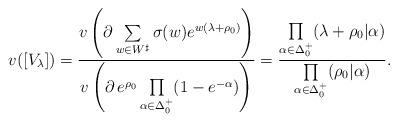
LaTeX: \begin{align*}v([V_\lambda]) =\frac{v \left( \partial\sum\limits_{w\in W^\sharp}\sigma(w) e^{w(\lambda+\rho_0)}\right)}{v\left(\partial\, e^{\rho_0}\prod\limits_{\alpha\in\Delta_0^+}(1-e^{-\alpha})\right)} =\frac{\prod\limits_{\alpha\in\Delta_0^+}(\lambda+\rho_0|\alpha)}{\prod\limits_{\alpha\in\Delta_0^+}(\rho_0|\alpha)}.\end{align*}